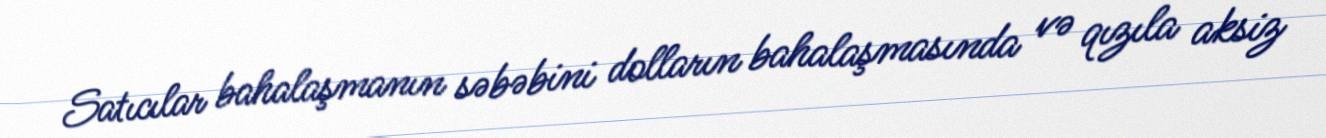
Satıcılar bahalaşmanın səbəbini dolların bahalaşmasında və qızıla aksiz